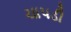
ચાપડી